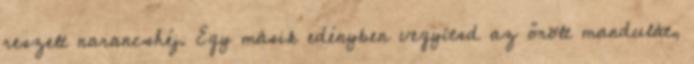
reszelt narancshéj. Egy másik edényben vegyítsd az őrölt mandulát,